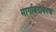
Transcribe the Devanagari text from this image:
मार्गाबरोबरच